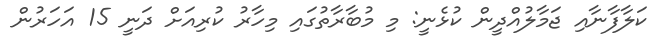
ކަލާފާނާއި ޖަމާލުއްދީން ކުޅެނީ: މި މުބާރާތުގައި މިހާރު ކުރިއަށް ދަނީ 15 އަހަރުން